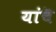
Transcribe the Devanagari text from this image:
यांचॆ